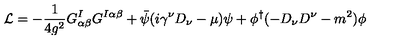
{ \cal L } = - { \frac { 1 } { 4 g ^ { 2 } } } G _ { \alpha \beta } ^ { I } G ^ { I \alpha \beta } + \bar { \psi } ( i \gamma ^ { \nu } D _ { \nu } - \mu ) \psi + \phi ^ { \dagger } ( - D _ { \nu } D ^ { \nu } - m ^ { 2 } ) \phi